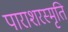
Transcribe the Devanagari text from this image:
पाराशरस्मृति